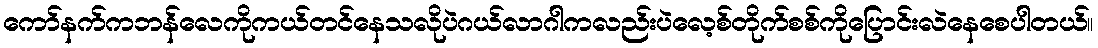
ကော်နက်ကဘန်လေကိုကယ်တင်နေသလိုပဲဂယ်လာဂါကလည်းပဲလေ့စ်တိုက်စစ်ကိုပြောင်းလဲနေစေပါတယ်။